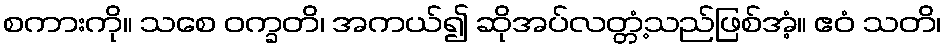
စကားကို။ သစေ ဝက္ခတိ၊ အကယ်၍ ဆိုအပ်လတ္တံ့သည်ဖြစ်အံ့။ ဧဝံ သတိ၊